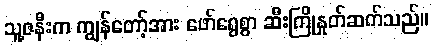
သူ့ဇနီးက ကျွန်တော့်အား ဖော်ရွေစွာ ဆီးကြိုနှုတ်ဆက်သည်။